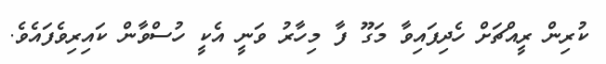
ކުރިން ރީއްޗަށް ހެދިފައިވާ މަގޫ ފާ މިހާރު ވަނީ އެކީ ހުސްވާން ކައިރިވެފައެވެ.